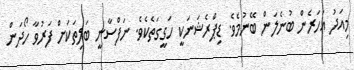
މިއަދު އަހަރެން ބުނެލަން ބޭނުމެވެ. ޑިޕްރެޝަނަކީ ހަގީގަތެކެވެ. ނަފްސާނީ ބަލިތަކަށް ފަރުވާ ހޯދަން